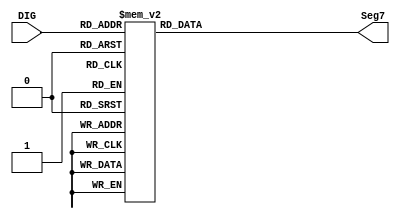
module decoder_3bit_7Seg_Neg (DIG, Seg7);
	input [2:0] DIG;
	output reg [6:0] Seg7;
	
	always @(DIG) begin
		case (DIG)
		//              gfedcba     
			0: Seg7 = 7'b1000000; // 0
			1: Seg7 = 7'b1111001; // 1
			2: Seg7 = 7'b0100100; // 2
			3: Seg7 = 7'b0110000; // 3
		   4: Seg7 = 7'b0001000; // A
			5: Seg7 = 7'b0010010; // 5
			6: Seg7 = 7'b0000010; // 6
			7: Seg7 = 7'b0000110; // E
		endcase
	end
endmodule